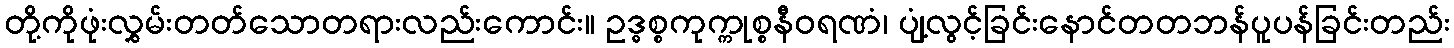
တို့ကိုဖုံးလွှမ်းတတ်သောတရားလည်းကောင်း။ ဥဒ္ဓစ္စကုက္ကုစ္စနီဝရဏံ၊ ပျံ့လွင့်ခြင်းနောင်တတဘန်ပူပန်ခြင်းတည်း